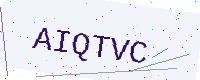
Text: AIQTVC